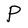
Character: P